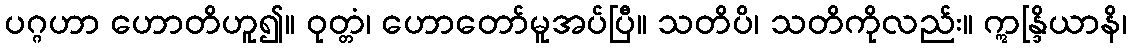
ပဂ္ဂဟာ ဟောတိဟူ၍။ ဝုတ္တံ၊ ဟောတော်မူအပ်ပြီ။ သတိပိ၊ သတိကိုလည်း။ ဣန္ဒြိယာနိ၊